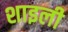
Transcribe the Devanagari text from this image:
शाइली